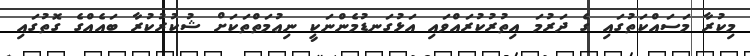
މިކުރާ މަސައްކަތުގައި ގެ ދަރުމަ އިތުރުކުރައްވައި އަޅުގަނޑުމެންނަކީ ނިޢުމަތްތަކަށް ޝުކުރުކުރާ ބައެއްގެ ގޮތުގައި